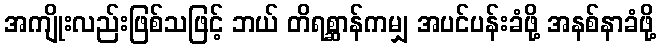
အကျိုးလည်းဖြစ်သဖြင့် ဘယ် တိရစ္ဆာန်ကမျှ အပင်ပန်းခံဖို့ အနစ်နာခံဖို့